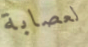
لعصابة